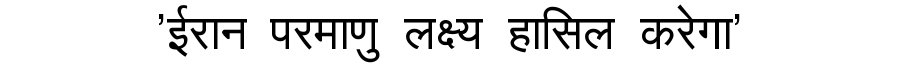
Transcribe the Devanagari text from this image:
'ईरान परमाणु लक्ष्य हासिल करेगा'